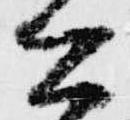
公